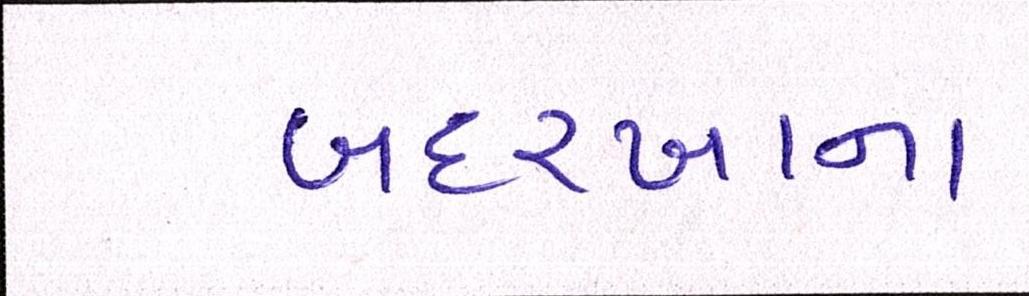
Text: બદરખાના